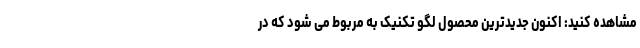
مشاهده کنید: اکنون جدیدترین محصول لگو تکنیک به مربوط می شود که در